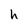
Character: h